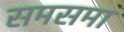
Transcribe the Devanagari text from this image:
समसमा